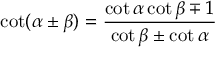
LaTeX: \cot ( \alpha \pm \beta ) = { \frac { \cot \alpha \cot \beta \mp 1 } { \cot \beta \pm \cot \alpha } }